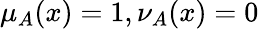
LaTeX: \mu_{A}(x)=1,\nu_{A}(x)=0